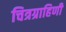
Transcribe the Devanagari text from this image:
चित्रग्राहिणी